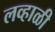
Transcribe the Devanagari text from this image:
लव्हाळी